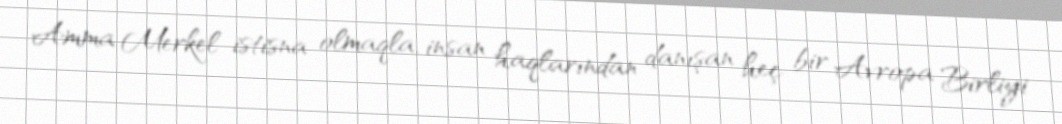
Amma Merkel istisna olmaqla, insan haqlarından danışan heç bir Avropa Birliyi